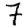
Digit: 7